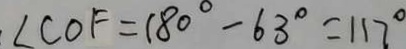
. \angle C O F = 1 8 0 ^ { \circ } - 6 3 ^ { \circ } = 1 1 7 ^ { \circ }